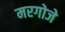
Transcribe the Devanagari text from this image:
मरगोजे